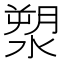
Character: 𣺩